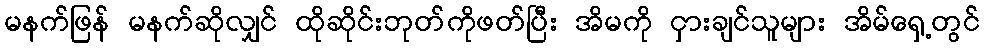
မနက်ဖြန် မနက်ဆိုလျှင် ထိုဆိုင်းဘုတ်ကိုဖတ်ပြီး အိမကို ငှားချင်သူများ အိမ်ရှေ့တွင်